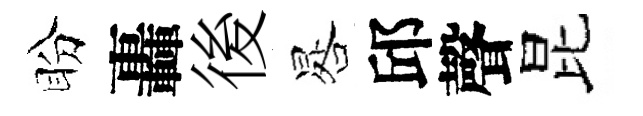
盼轟後晷邱聲昆